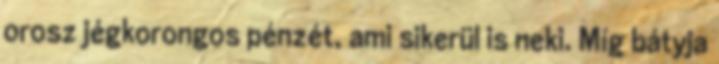
orosz jégkorongos pénzét, ami sikerül is neki. Míg bátyja